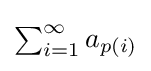
{\textstyle \sum _{i=1}^{\infty }a_{p(i)}}